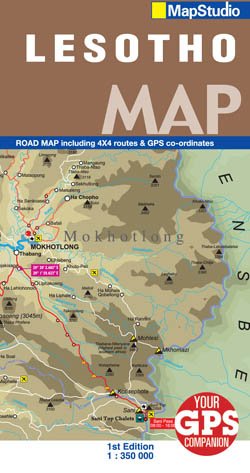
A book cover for Lesotho Road Map; Map Studio; Travel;